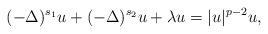
LaTeX: \begin{align*} (-\Delta)^{s_1} u +(-\Delta)^{s_2} u + \lambda u=|u|^{p-2} u,\end{align*}